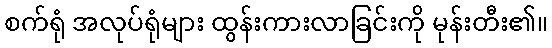
စက်ရုံ အလုပ်ရုံများ ထွန်းကားလာခြင်းကို မုန်းတီး၏။